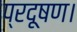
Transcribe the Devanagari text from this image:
प्रदूषण।